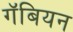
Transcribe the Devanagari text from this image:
गॅबियन